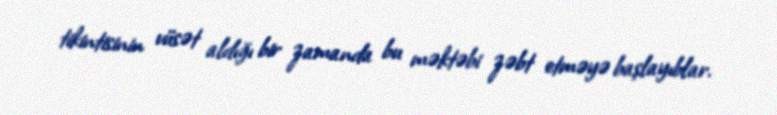
tikintisinin vüsət aldığı bir zamanda bu məktəbi zəbt etməyə başlayıblar.